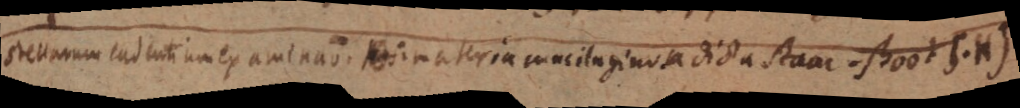
Stellarum cadentium examinatio: materia mucilaginosa dicta staar-shoot S.H)